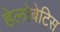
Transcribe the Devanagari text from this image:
हेलोबेटिस